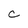
Character: C